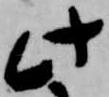
此